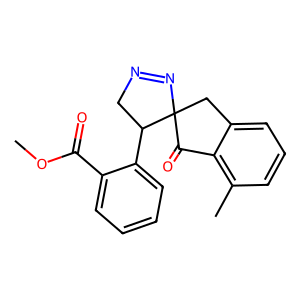
SMILES: COC(=O)c1ccccc1C1CN=NC12Cc1cccc(C)c1C2=O
Inhibits HIV replication: No